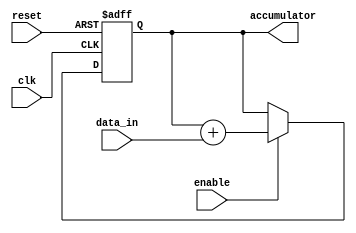
module accumulator (
    input wire clk,
    input wire reset,
    input wire enable,
    input wire [7:0] data_in,
    output reg [15:0] accumulator
);

reg [15:0] sum;

always @(posedge clk or posedge reset) begin
    if (reset) begin
        sum <= 0;
    end else if (enable) begin
        sum <= sum + data_in;
    end
end

assign accumulator = sum;

endmodule